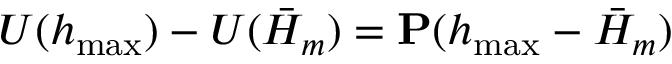
U ( h _ { \operatorname* { m a x } } ) - U ( \bar { H } _ { m } ) = \mathbf { P } ( h _ { \operatorname* { m a x } } - \bar { H } _ { m } )